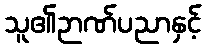
သူ၏ဉာဏ်ပညာနှင့်